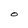
Character: O